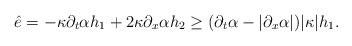
LaTeX: \begin{align*}\hat e = -\kappa \partial_t \alpha h_1 +2\kappa \partial_x \alpha h_2 \geq (\partial_t \alpha -|\partial_x \alpha|)|\kappa | h_1.\end{align*}